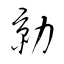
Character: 勍